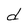
Character: d